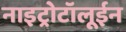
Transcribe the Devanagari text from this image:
नाइट्रोटॉलूईन